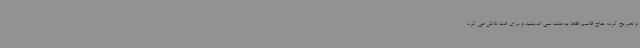
و تصریح کرد: حاج قاسم فقط به ملت نمی اندیشید و برای امت تلاش می کرد